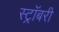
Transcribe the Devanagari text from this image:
स्ट्रॉबरी